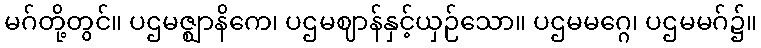
မဂ်တို့တွင်။ ပဌမဇ္ဈာနိကေ၊ ပဌမဈာန်နှင့်ယှဉ်သော။ ပဌမမဂ္ဂေ၊ ပဌမမဂ်၌။